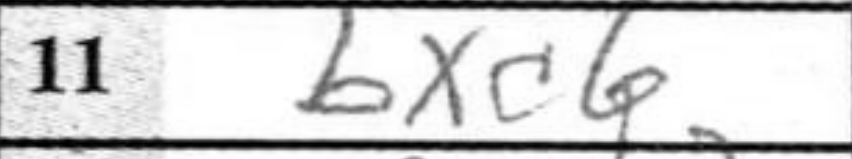
Transcription: bxc6